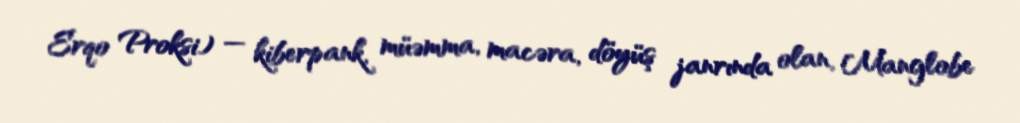
Erqo Proksi) — kiberpank, müəmma, macəra, döyüş janrında olan, Manglobe